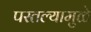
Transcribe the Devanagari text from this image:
परतल्यामुळे